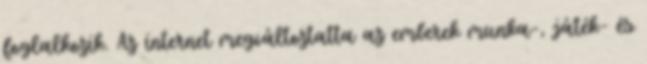
foglalkozik. Az internet megváltoztatta az emberek munka-, játék- és